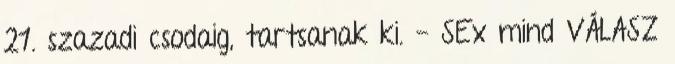
21. szazadi csodaig, tartsanak ki. - SEx mind VÁLASZ